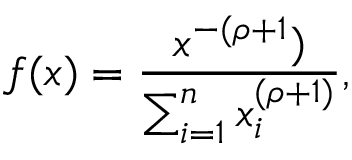
f ( x ) = \frac { x ^ { - ( \rho + 1 } ) } { \sum _ { i = 1 } ^ { n } x _ { i } ^ { ( \rho + 1 ) } } ,